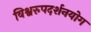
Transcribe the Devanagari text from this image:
विश्वरुपदर्शनयोग